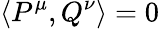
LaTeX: \left\langle P^{\mu},Q^{\nu}\right\rangle=0